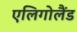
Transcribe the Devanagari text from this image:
एलिगोलैंड